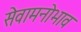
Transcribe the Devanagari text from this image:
सेवामनोभाव